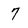
Character: 7